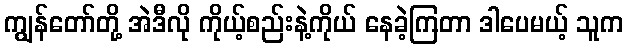
ကျွန်တော်တို့ အဲဒီလို ကိုယ့်စည်းနဲ့ကိုယ် နေခဲ့ကြတာ ဒါပေမယ့် သူက